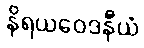
နိရယဝေဒနီယံ